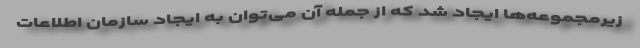
زیرمجموعه‌ها ایجاد شد که از جمله آن می‌توان به ایجاد سازمان اطلاعات